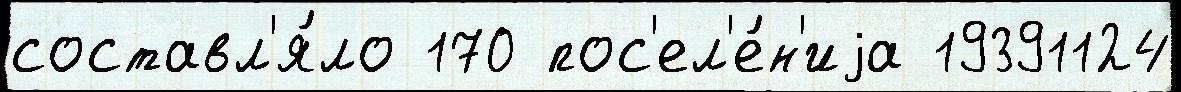
составл'я́ло 170 пос'ел'е́н'иjа 19391124